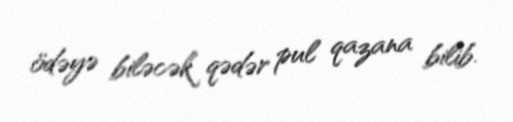
ödəyə biləcək qədər pul qazana bilib.